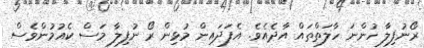
ރޯނުފިލާ ހުންނަ ހާލަތްތައް އާދެއެވެ. އެފަދައިން މުޅިން ރޯ ނުފިލާ މަސް ކެއުމުންވެސް